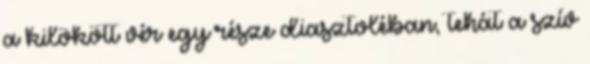
a kilökött vér egy része diasztoléban, tehát a szív